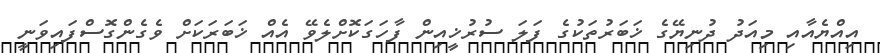
އިއްޔެއާއި މިއަދު ދުނިޔޭގެ ޚަބަރުތަކުގެ ފަލަ ސުރުޚީއިން ފާހަގަކޮށްލެވޭ އެއް ޚަބަރަކަށް ވެގެންގޮސްފައިވަނީ